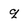
Character: q